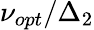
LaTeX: \nu_{opt}/\Delta_{2}